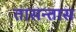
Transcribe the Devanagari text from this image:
तासन्तास